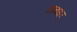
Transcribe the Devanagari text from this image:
अन्धा्र